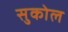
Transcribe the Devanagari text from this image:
सुकोल